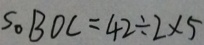
S _ { \circ } B D C = 4 2 \div 2 \times 5